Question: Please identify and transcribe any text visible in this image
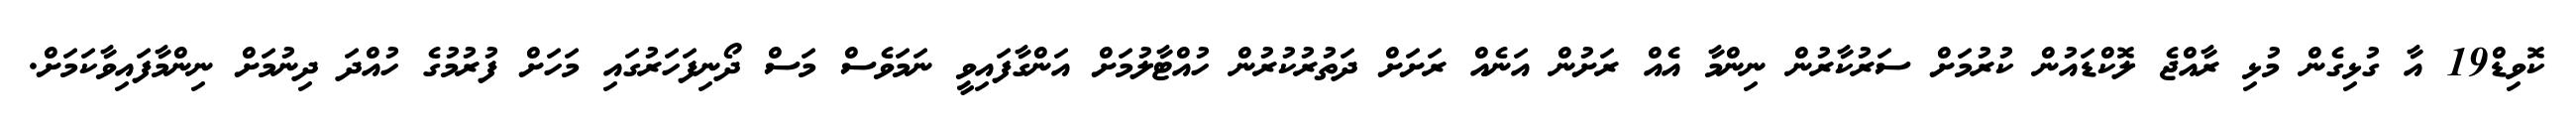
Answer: ކޮވިޑް19 އާ ގުޅިގެން މުޅި ރާއްޖެ ލޮކްޑައުން ކުރުމަށް ސަރުކާރުން ނިންމާ އެއް ރަށުން އަނެއް ރަށަށް ދަތުރުކުރުން ހުއްޓާލުމަށް އަންގާފައިވީ ނަމަވެސް މަސް ދޯނިފަހަރުގައި މަހަށް ފުރުމުގެ ހުއްދަ ދިނުމަށް ނިންމާފައިވާކަމަށް.